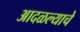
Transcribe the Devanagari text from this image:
आदळल्याचे